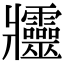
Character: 𤖦